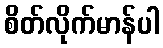
စိတ်လိုက်မာန်ပါ